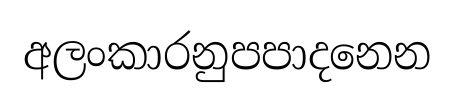
අලංකාරනුපපාදනෙන